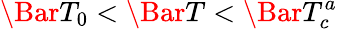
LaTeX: \Bar{T}_{0}<\Bar{T}<\Bar{T}_{c}^{a}